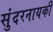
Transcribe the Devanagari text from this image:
सुंदरनायकी